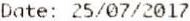
DATE: 25/07/2017